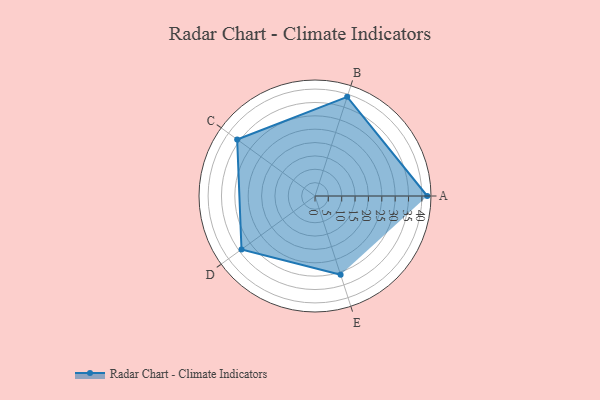
{"axis": {"x": "Skill", "y": "Score"}, "legend": ["Profile"], "data": [{"x": "A", "y": 42.0, "type": "Profile"}, {"x": "B", "y": 39.0, "type": "Profile"}, {"x": "C", "y": 36.0, "type": "Profile"}, {"x": "D", "y": 34.0, "type": "Profile"}, {"x": "E", "y": 31.0, "type": "Profile"}]}